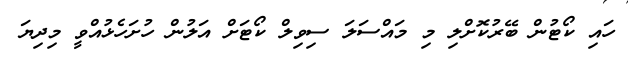
ހައި ކޯޓުން ބޭރުކޮށްލި މި މައްސަލަ ސިވިލް ކޯޓަށް އަލުން ހުށަހެޅުއްވީ މިދިޔަ